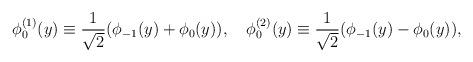
LaTeX: \begin{align*}\phi^{(1)}_{0}(y)\equiv\frac{1}{\sqrt{2}}(\phi_{-1}(y)+\phi_{0}(y)), \quad \phi^{(2)}_{0}(y)\equiv\frac{1}{\sqrt{2}}(\phi_{-1}(y)-\phi_{0}(y)),\end{align*}